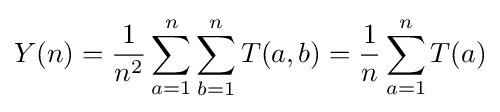
Y(n)={\frac {1}{n^{2}}}\sum _{a=1}^{n}\sum _{b=1}^{n}T(a,b)={\frac {1}{n}}\sum _{a=1}^{n}T(a)